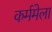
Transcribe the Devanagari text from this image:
कर्ममेला